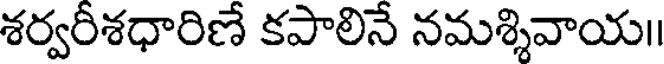
శర్వరీశధారిణే కపాలినే నమశ్శివాయ